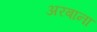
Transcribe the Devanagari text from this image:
अरबाना